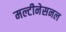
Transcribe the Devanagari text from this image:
मल्टीनेसनल